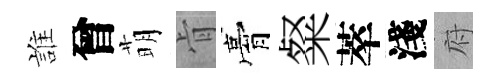
誰曾萌肻膏粲萃淺府